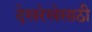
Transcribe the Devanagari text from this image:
देखरेखेसाठी